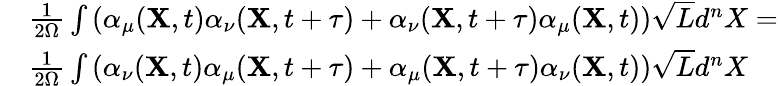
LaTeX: \begin{array}{rl}&{\frac{1}{2\Omega}\int\left(\alpha_{\mu}({\mathbf X},t)\alpha_{\nu}({\mathbf X},t+\tau)+\alpha_{\nu}({\mathbf X},t+\tau)\alpha_{\mu}({\mathbf X},t)\right)\sqrt{L}d^{n}X=}\\ &{\frac{1}{2\Omega}\int\left(\alpha_{\nu}({\mathbf X},t)\alpha_{\mu}({\mathbf X},t+\tau)+\alpha_{\mu}({\mathbf X},t+\tau)\alpha_{\nu}({\mathbf X},t)\right)\sqrt{L}d^{n}X}\end{array}